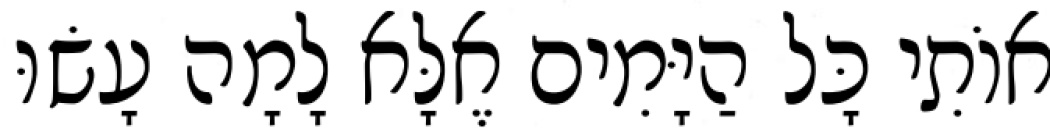
אוֹתִי כָּל הַיָּמִים אֶלָּא לָמָה עָשׂוּ